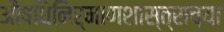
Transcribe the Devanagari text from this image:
औषधिनिर्माणशास्त्राच्या